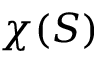
\chi ( S )